Report on the working of the mental hospitals for Indians in Bihar and Orissa - 1925-1929
Year: 1925
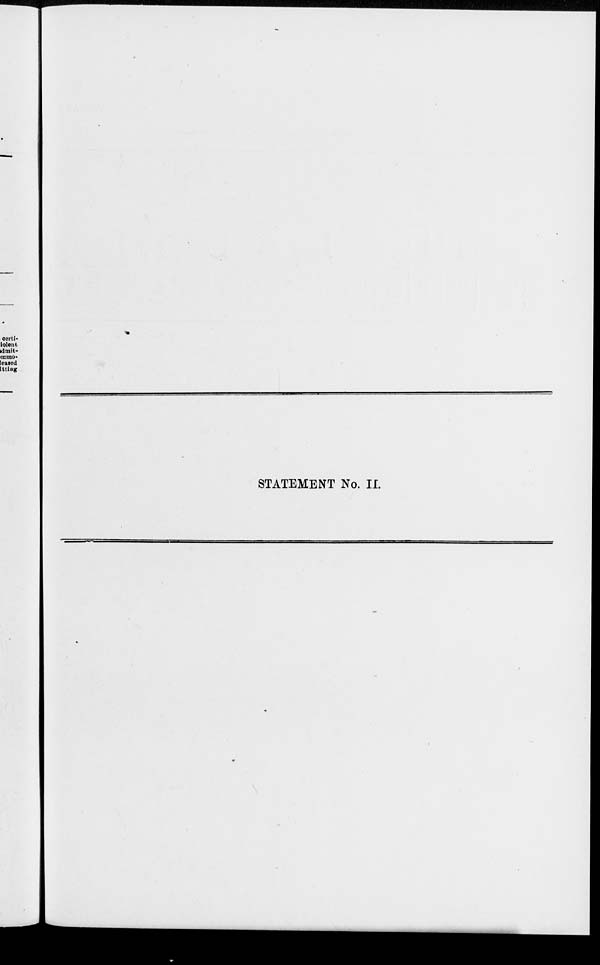
STATEMENT No. II.